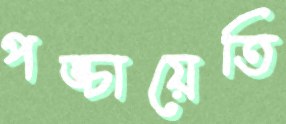
পঙ্চায়েতি